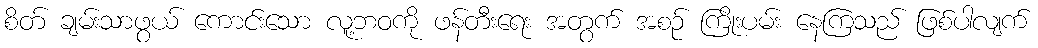
စိတ် ချမ်းသာဖွယ် ကောင်းသော လူ့ဘဝကို ဖန်တီးရေး အတွက် အစဉ် ကြိုးပမ်း နေကြသည် ဖြစ်ပါလျက်